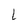
Character: l